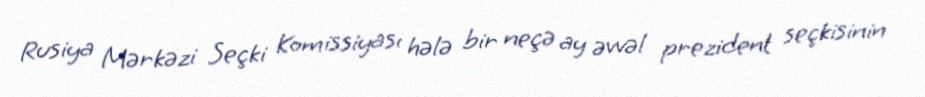
Rusiya Mərkəzi Seçki Komissiyası hələ bir neçə ay əvvəl prezident seçkisinin